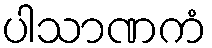
ပါသာဏကံ